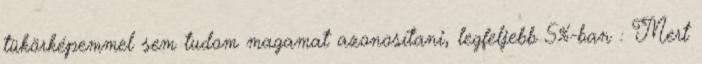
tükörképemmel sem tudom magamat azonosítani, legfeljebb 5%-ban : Mert